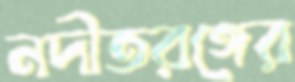
নদীতরঙ্গের